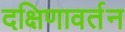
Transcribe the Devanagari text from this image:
दक्षिणावर्तन